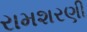
રામશરણી